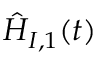
\hat { H } _ { I , 1 } ( t )